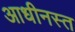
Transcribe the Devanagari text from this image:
आधीनस्त